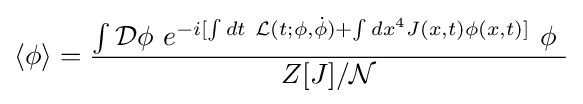
\langle \phi \rangle ={\frac {\int {\mathcal {D}}\phi ~e^{-i[\int dt~{\mathcal {L}}(t;\phi ,{\dot {\phi }})+\int dx^{4}J(x,t)\phi (x,t)]}~\phi ~}{Z[J]/{\mathcal {N}}}}